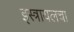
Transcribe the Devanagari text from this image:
इस्त्रायलचा